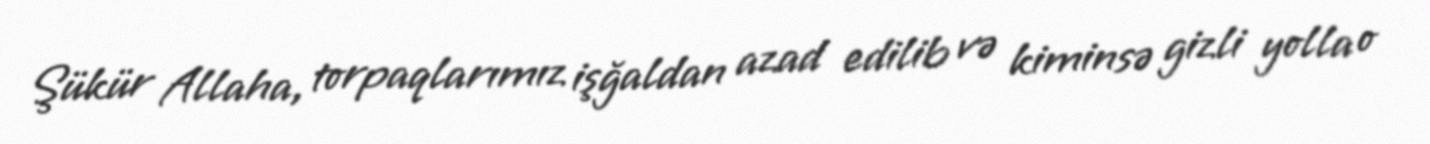
Şükür Allaha, torpaqlarımız işğaldan azad edilib və kiminsə gizli yolla o